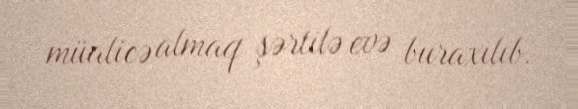
müalicə almaq şərtilə evə buraxılıb.